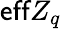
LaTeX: \textsf{eff}Z_{q}